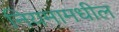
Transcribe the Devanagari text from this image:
नियमामधील